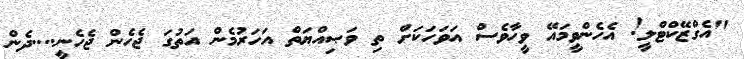
"އެގްޒޭކްޓްލީ! އެހެންވީމައޭ ވީހާވެސް އަވަހަކަށް ތި ވަޞިއްޔަތް އަހަރުމެން އަތުގަ ޖެހެން ޖެހެނީ....ދެން